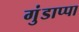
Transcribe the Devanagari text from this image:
गुंडाप्पा